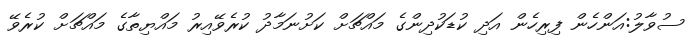
ސުވާލު:އަންހެން ފިރިހެން އަދި ކުޑަކުދިންގެ މައްޗަށް ކަށުނަމާދު ކުރެވޭއިރު މައްޔިތާގެ މައްޗަށް ކުރެވޭ